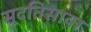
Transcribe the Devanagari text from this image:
सदतिसावा